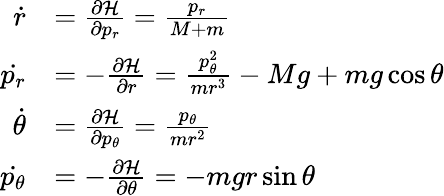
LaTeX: {\begin{array}{rl}{{\dot{r}}}&{={\frac{\partial{\mathcal{H}}}{\partial{p_{r}}}}={\frac{p_{r}}{M+m}}}\\ {{\dot{p_{r}}}}&{=-{\frac{\partial{\mathcal{H}}}{\partial{r}}}={\frac{p_{\theta}^{2}}{mr^{3}}}-Mg+mg\cos{\theta}}\\ {{\dot{\theta}}}&{={\frac{\partial{\mathcal{H}}}{\partial{p_{\theta}}}}={\frac{p_{\theta}}{mr^{2}}}}\\ {{\dot{p_{\theta}}}}&{=-{\frac{\partial{\mathcal{H}}}{\partial{\theta}}}=-mgr\sin{\theta}}\end{array}}